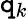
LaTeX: \mathtt{q}_{k}